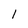
Character: l